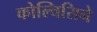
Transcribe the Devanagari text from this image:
कोल्चिसिने